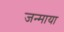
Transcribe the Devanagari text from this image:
जन्माया